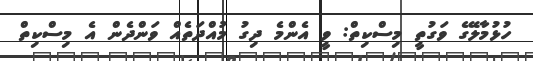
ހުޅުމާލޭގެ ވަގުތީ މިސްކިތް: ވީ އެންމެ ދިގު މުއްދަތެއް ވަންދެން އެ މިސްކިތް